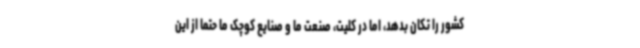
کشور را تکان بدهد، اما در کلیت، صنعت ما و صنایع کوچک ما حتما از این